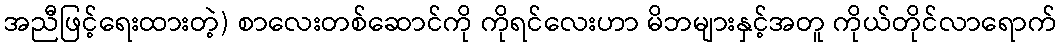
အညီဖြင့်ရေးထားတဲ့) စာလေးတစ်ဆောင်ကို ကိုရင်လေးဟာ မိဘများနှင့်အတူ ကိုယ်တိုင်လာရောက်